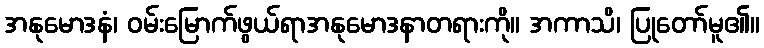
အနုမောဒနံ၊ ဝမ်းမြောက်ဖွယ်ရာအနုမောဒနာတရားကို။ အကာသိ၊ ပြုတော်မူ၏။